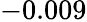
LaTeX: \mathit-0.009